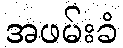
အဖမ်းခံ